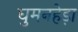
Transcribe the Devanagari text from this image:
घुमनहेड़ा